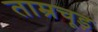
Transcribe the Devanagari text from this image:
ताम्रचूड़